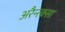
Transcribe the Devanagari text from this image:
अरैन्त्क्सा